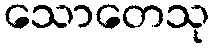
သောတေသု